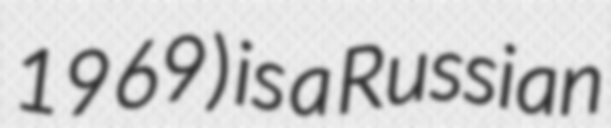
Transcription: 1969) is a Russian